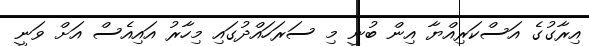
އިރާގުގެ އަސްކަރިއްޔާ އިން ބުނީ މި ސަރަހައްދުގައި މިހާރު އައިއެސް އަށް ވަނީ